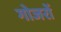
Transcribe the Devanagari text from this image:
गोजरों